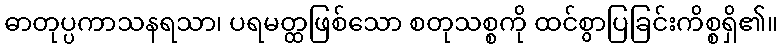
ဓာတုပ္ပကာသနရသာ၊ ပရမတ္ထဖြစ်သော စတုသစ္စကို ထင်စွာပြခြင်းကိစ္စရှိ၏။